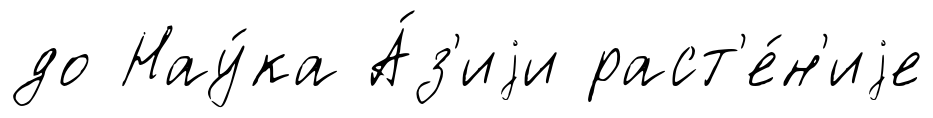
до Нау́ка А́з'иjи раст'е́н'иjе